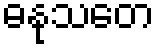
ဓနုသတေ